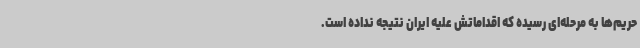
حریم‌ها به مرحله‌ای رسیده که اقداماتش علیه ایران نتیجه نداده است.